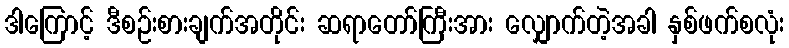
ဒါကြောင့် ဒီစဉ်းစားချက်အတိုင်း ဆရာတော်ကြီးအား လျှောက်တဲ့အခါ နှစ်ဖက်စလုံး